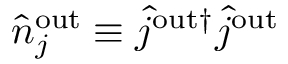
\hat { n } _ { j } ^ { \mathrm { { o u t } } } \equiv \hat { j } ^ { \mathrm { { o u t } \dagger } } \hat { j } ^ { \mathrm { { o u t } } }